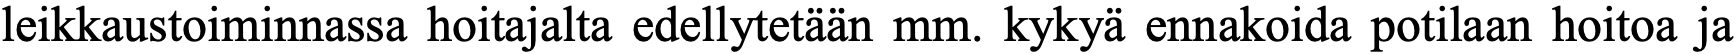
leikkaustoiminnassa hoitajalta edellytetään mm. kykyä ennakoida potilaan hoitoa ja